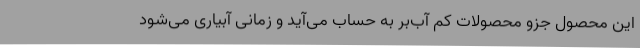
این محصول جزو محصولات کم آب‌بر به حساب می‌آید و زمانی آبیاری می‌شود